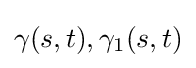
\gamma (s,t),\gamma _{1}(s,t)